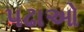
પઢાઓ